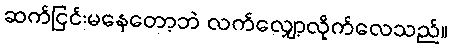
ဆက်ငြင်းမနေတော့ဘဲ လက်လျှော့လိုက်လေသည်။